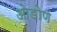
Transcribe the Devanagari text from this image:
ओडोण